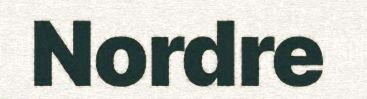
Nordre